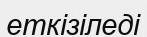
еткізіледі